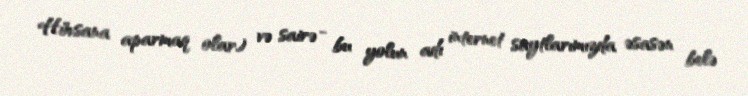
Hövsana aparmaq olar) və sairə - bu yolun adı internet saytlarımızda əsasən belə